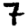
Digit: 7